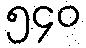
၅၄၀